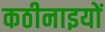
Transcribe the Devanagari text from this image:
कठीनाइयों